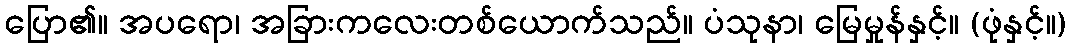
ပြော၏။ အပရော၊ အခြားကလေးတစ်ယောက်သည်။ ပံသုနာ၊ မြေမှုန်နှင့်။ (ဖုံနှင့်။)